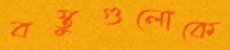
বস্তুগুলোকে